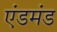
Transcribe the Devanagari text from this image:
एंडमंड